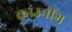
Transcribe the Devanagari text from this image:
क्राउनींग